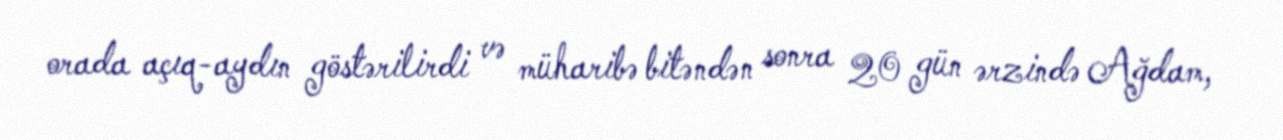
orada açıq-aydın göstərilirdi və müharibə bitəndən sonra 20 gün ərzində Ağdam,